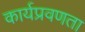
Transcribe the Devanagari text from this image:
कार्यप्रवणता